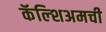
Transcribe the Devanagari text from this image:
कॅल्शिअमची